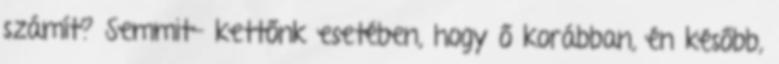
számít? Semmit- kettőnk esetében, hogy ő korábban, én később,